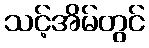
သင့်အိမ်တွင်